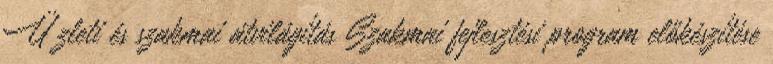
Ü zleti és szakmai átvilágítás Szakmai fejlesztési program előkészítése